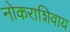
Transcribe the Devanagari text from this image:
नोकराशिवाय